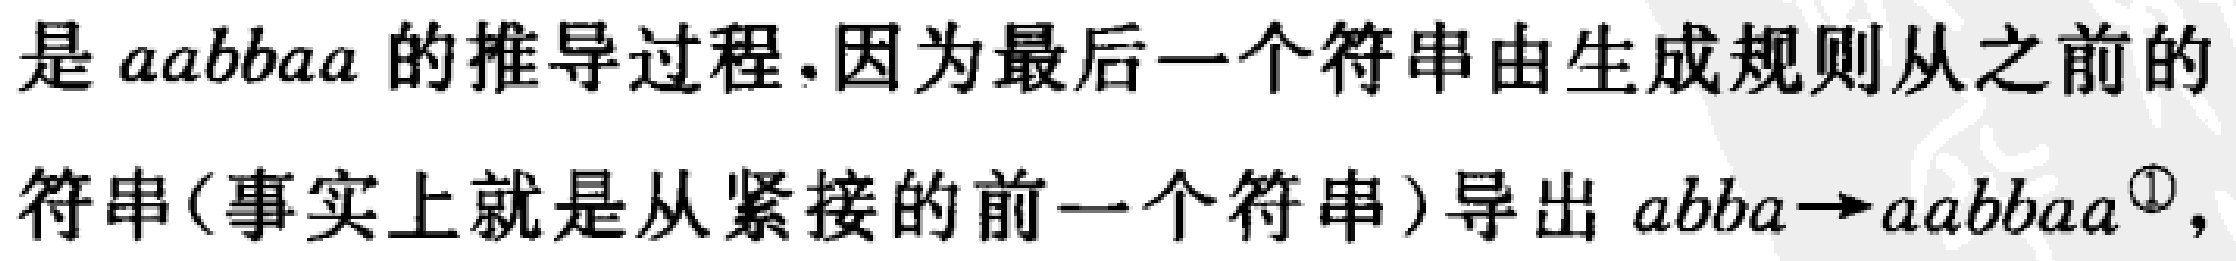
是 \(aabbaa\) 的推导过程.因为最后一个符串由生成规则从之前的

符串(事实上就是从紧接的前一个符串)导出 \(abba\rightarrow aabbaa^{\textcircled{1}}\)，